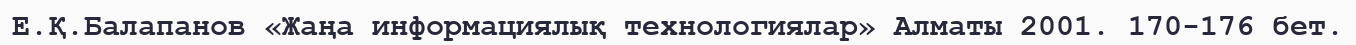
Е.Қ.Балапанов «Жаңа информациялық технологиялар» Алматы 2001. 170-176 бет.